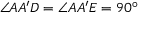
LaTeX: \angle A A ^ { \prime } D = \angle A A ^ { \prime } E = 9 0 ^ { \circ }